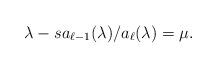
LaTeX: \begin{align*} \lambda - {sa_{\ell-1}(\lambda)}/{a_{\ell}(\lambda)} = \mu. \end{align*}